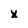
Character: x